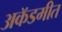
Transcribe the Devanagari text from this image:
अकॅडमीत